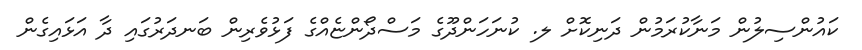
ކައުންސިލުން މަނާކުރަމުން ދަނިކޮށް ލ. ކުނަހަންދޫގެ މަސްދޯންޏެއްގެ ފަޅުވެރިން ބަނދަރުގައި ދާ އަޅައިގެން